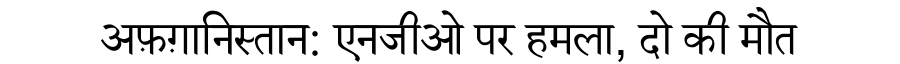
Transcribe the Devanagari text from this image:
अफ़ग़ानिस्तान: एनजीओ पर हमला, दो की मौत